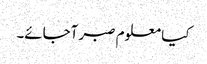
کیا معلوم صبر آجائے۔